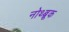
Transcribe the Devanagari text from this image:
नोथ्ब्रूक